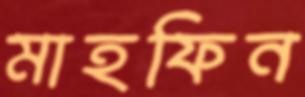
মাহফিন